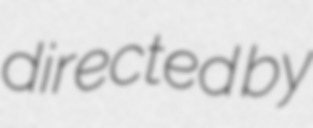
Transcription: directed by